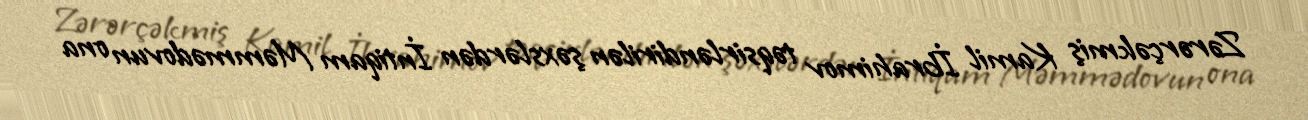
Zərərçəkmiş Kamil İbrahimov təqsirləndirilən şəxslərdən İntiqam Məmmədovun ona